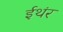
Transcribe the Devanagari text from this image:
ईथंर